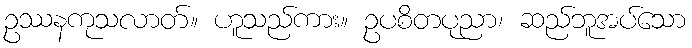
ဥဿနကုသလာတ်။ ဟူသည်ကား။ ဥပစိတပုညာ၊ ဆည်ဘူအပ်သော